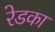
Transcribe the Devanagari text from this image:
रेडका